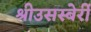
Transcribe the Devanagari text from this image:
श्रीउसस्बेर्री